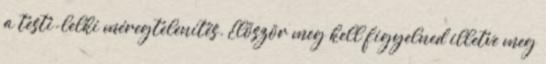
a testi-lelki méregtelenítés. Először meg kell figyelned illetve meg